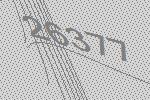
26377